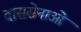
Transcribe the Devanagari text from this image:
दाससेनाओं